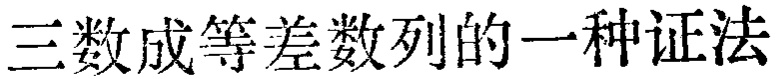
三数成等差数列的一种证法